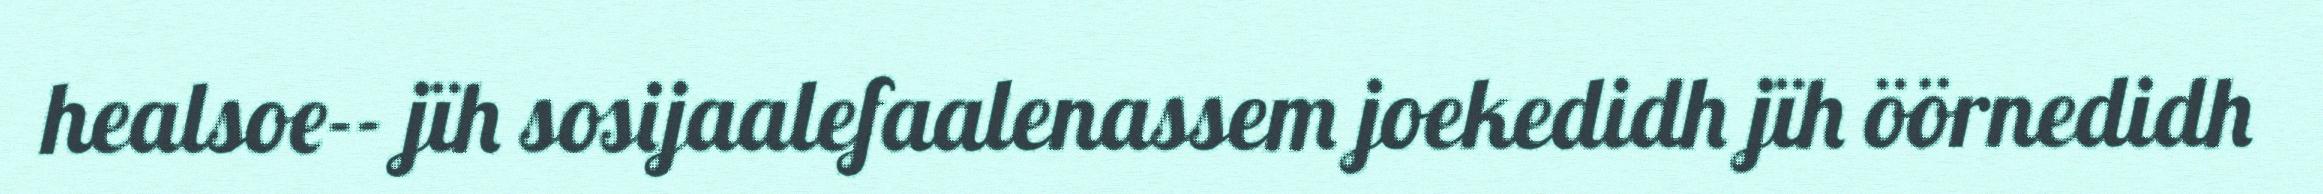
healsoe-‐ jïh sosijaalefaalenassem joekedidh jïh öörnedidh